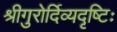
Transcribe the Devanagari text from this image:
श्रीगुरोर्दिव्यदृष्टिः